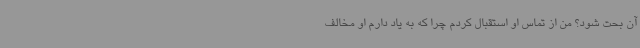
آن بحت شود؟ من از تماس او استقبال کردم چرا که به یاد دارم او مخالف